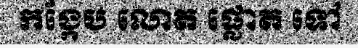
កង្កែប លោត ផ្លោត ទៅ